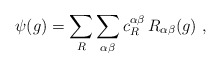
\begin{align*}\psi(g)=\sum_R \sum_{\alpha \beta} c_R^{\alpha \beta} \,R_{\alpha \beta}(g)~,\end{align*}